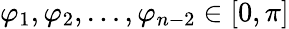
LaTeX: \varphi_{1},\varphi_{2},\ldots,\varphi_{n-2}\in[0,\pi]